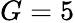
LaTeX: G=5